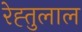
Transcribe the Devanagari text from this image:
रेह्तुलाल